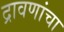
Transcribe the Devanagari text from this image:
द्रावणांचा